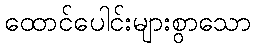
ထောင်ပေါင်းများစွာသော